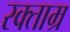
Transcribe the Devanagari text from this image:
रक्ताम्र